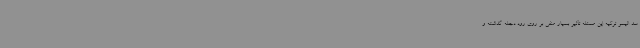
سد الیسو ترکیه این مسئله تأثیر بسیار منفی بر روی رود دجله گذاشته و